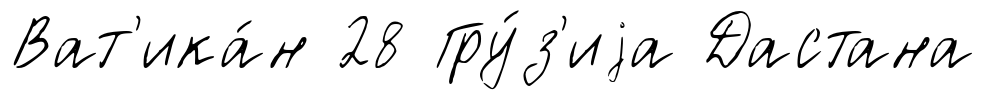
Ват'ика́н 28 Гру́з'иjа Дастана